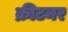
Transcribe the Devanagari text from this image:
क्रीटनर